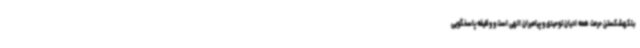
بلکهشکستن حرمت همه ادیان توحیدی و پیامبران الهی است و وظیفه پاسخگویی